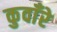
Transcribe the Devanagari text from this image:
कुवाँरे